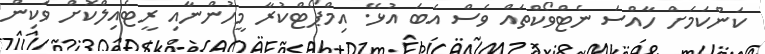
ކަންކަމަށް ހާއްސަ ނެޓްވޯކްތައް ވެސް އެބަ އުޅޭ. އިމްޕޯޓްކުރާ މީހުންނާއި ރީޓެއިލްކޮށް ވަކިން